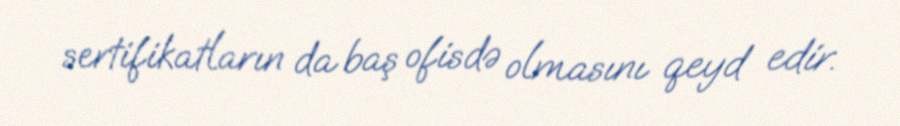
sertifikatların da baş ofisdə olmasını qeyd edir.